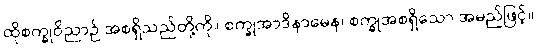
ထိုစက္ခုဝိညာဉ် အစရှိသည်တို့ကို။ စက္ခုအာဒိနာမေန၊ စက္ခုအစရှိသော အမည်ဖြင့်။